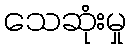
သေဆုံးမှု